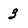
Character: 3